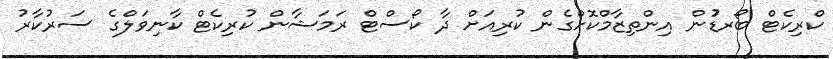
ކްރިކެޓް ބޯރޑުުން އިންތިޒާމްކޮށްގެން ކުރިއަށް ދާ ކޯސްޓް ރަމަޝާން ކުރިކެޓް ކާނިވަލްގެ ސަރުކާރު